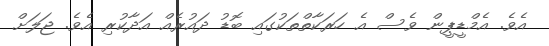
އެވެ. އެމްޑީޕީން ވެސް އެ ހަރަކާތްތަކުގައި ބޮޑު ދައުރެއް އަދާކުރި އެވެ. ޖަލަށް